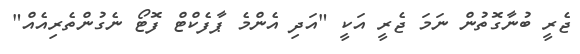
ޖެރީ ބުނާގޮތުން ނަމަ ޖެރީ އަކީ "އަދި އެންމެ ޕާފެކްޓް ފޮޓޯ ނެގުންތެރިއެއް"